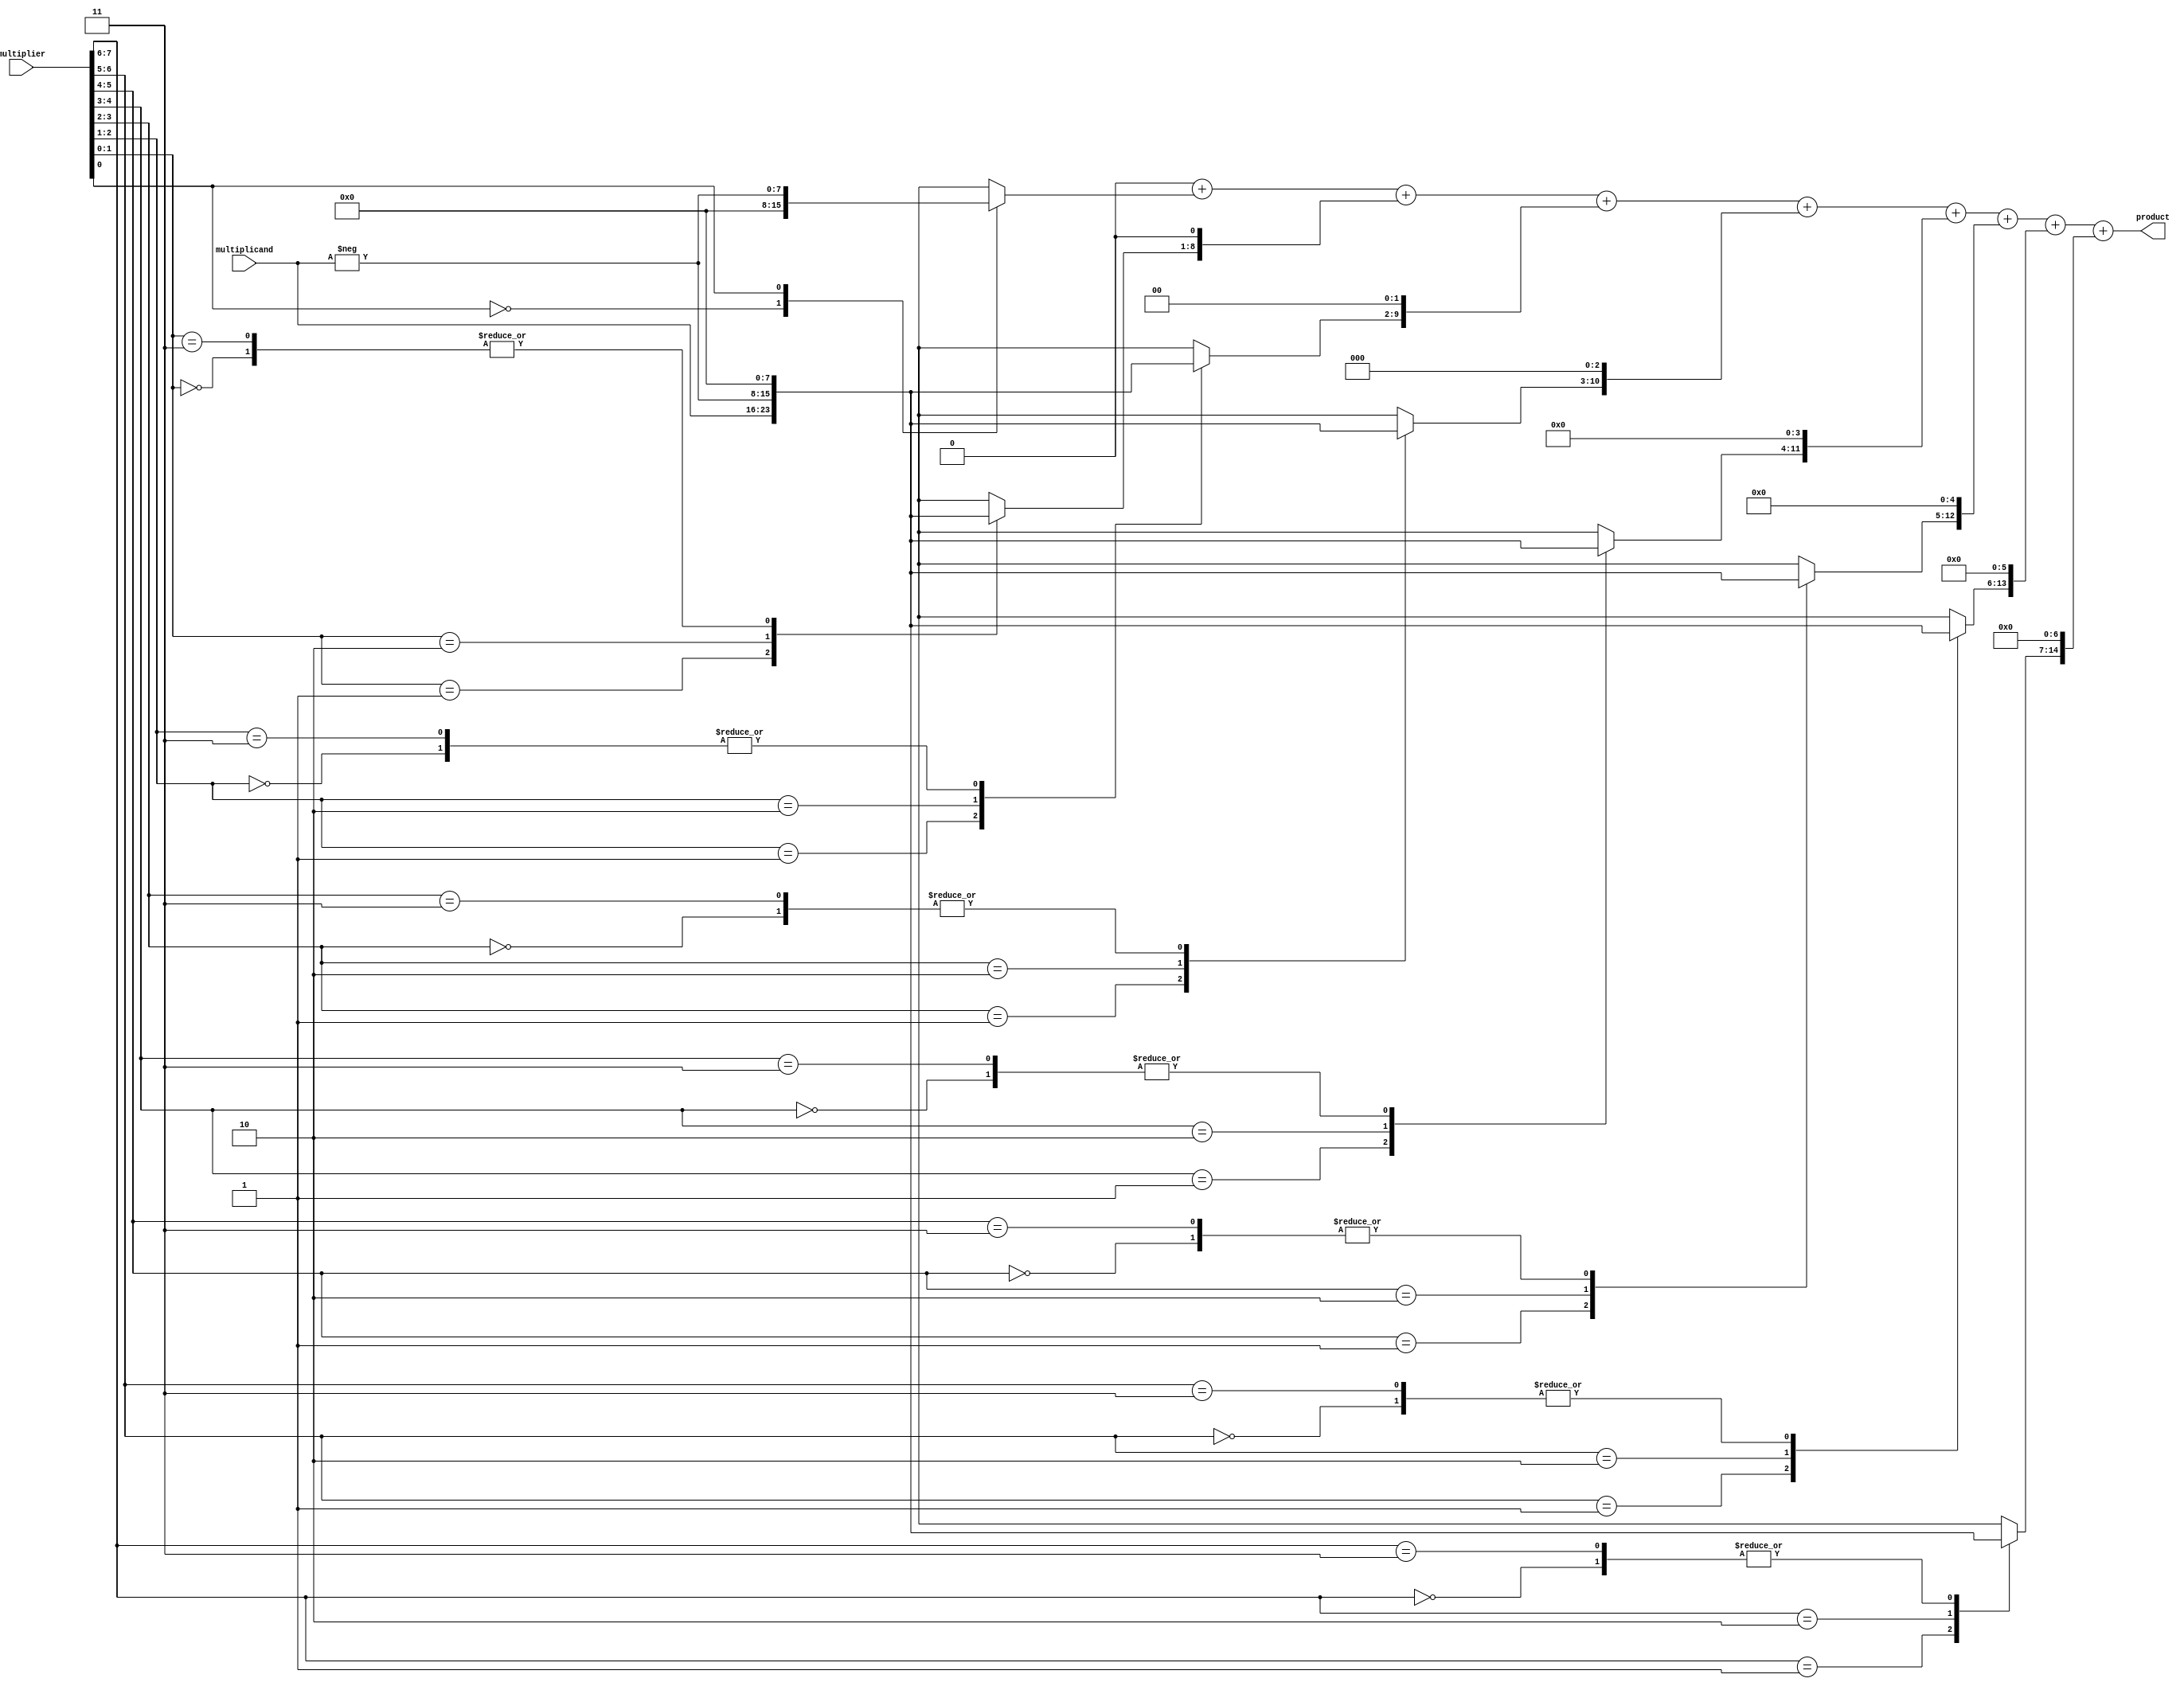
module booth_multiplier #(parameter WIDTH = 8) (
    input signed [WIDTH-1:0] multiplicand,
    input signed [WIDTH-1:0] multiplier,
    output reg signed [2*WIDTH-1:0] product
);
    
    // Internal signals
    reg [WIDTH-1:0] p[WIDTH-1:0]; // Partial products
    reg [WIDTH:0] partial;
    reg [WIDTH:0] multiplier_ext;
    
    integer i;
    
    // Booth Encoding
    always @(*) begin
        multiplier_ext = {1'b0, multiplier, 1'b0}; // Extended multiplier (with a 0 bit)
        
        // Initialize the product
        product = 0;

        // Generate partial products based on Booth's algorithm
        for (i = 0; i < WIDTH; i = i + 1) begin
            case (multiplier_ext[i+1:i])
                2'b00: p[i] = 0;               // 0:  No addition
                2'b01: p[i] = multiplicand;    // +1: Add multiplicand
                2'b10: p[i] = -multiplicand;   // -1: Subtract multiplicand
                2'b11: p[i] = 0;               // 0: No addition
                default: p[i] = 0;             // Default case
            endcase
        end
        
        // Wallace Tree Reduction
        product = 0; // Reset product
        for (i = 0; i < WIDTH; i = i + 1) begin
            product = product + (p[i] << i); // Shift accumulate the partial products
        end
    end
endmodule